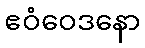
ဧဝံဝေဒနော